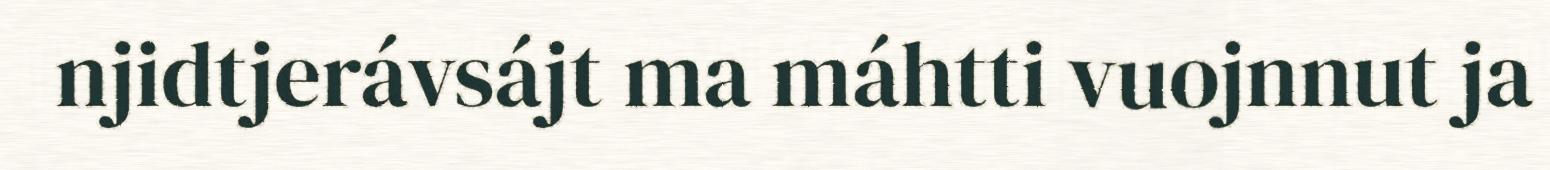
njidtjerávsájt ma máhtti vuojnnut ja